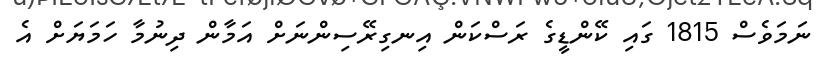
ނަމަވެސް 1815 ގައި ކޭންޑީގެ ރަސްކަން އިނގިރޭސިންނަށް އަމާން ދިނުމާ ހަމަޔަށް އެ